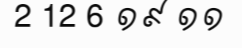
2 12 6 ១៩ ១១